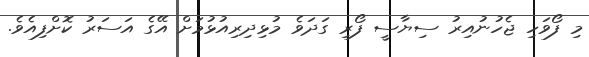
މި ފޯވަހި ޖެހުނުއިރު ސިޔާސީ ފޯރި ގަދަވެ މުޅިދިރިއުޅުމަށް އޭގެ އަސަރު ކޮށްފިއެވެ.